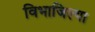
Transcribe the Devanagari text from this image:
विभाजिल्या